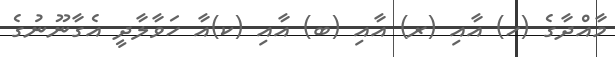
މާއްދާގެ (ހ) އާއި (ރ) އާއި (ބ) އާއި (ކ)އާ ހަވާލާދީ އެގާނޫނުގެ